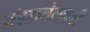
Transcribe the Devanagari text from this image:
नंबरप्लेटसाठी